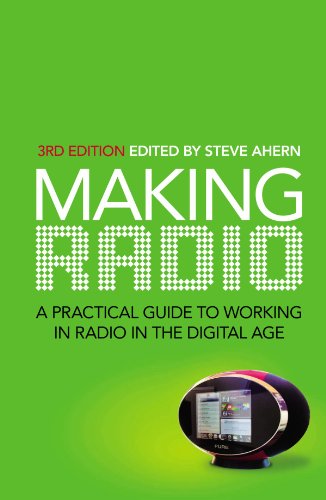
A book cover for Making Radio: A Practical Guide to Working in Radio in the Digital Age; Steve Ahern; Humor & Entertainment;